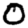
Digit: 0